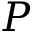
\boldsymbol { P }